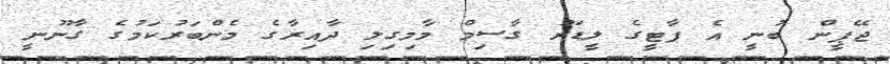
ޖޭޕީން ބުނީ އެ ޕާޓީގެ ލީޑަރު ގާސިމް މާމިގިލި ދާއިރާގެ މެންބަރުކަމުގެ ގާނޫނީ